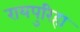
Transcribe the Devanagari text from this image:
रायपुरिहा